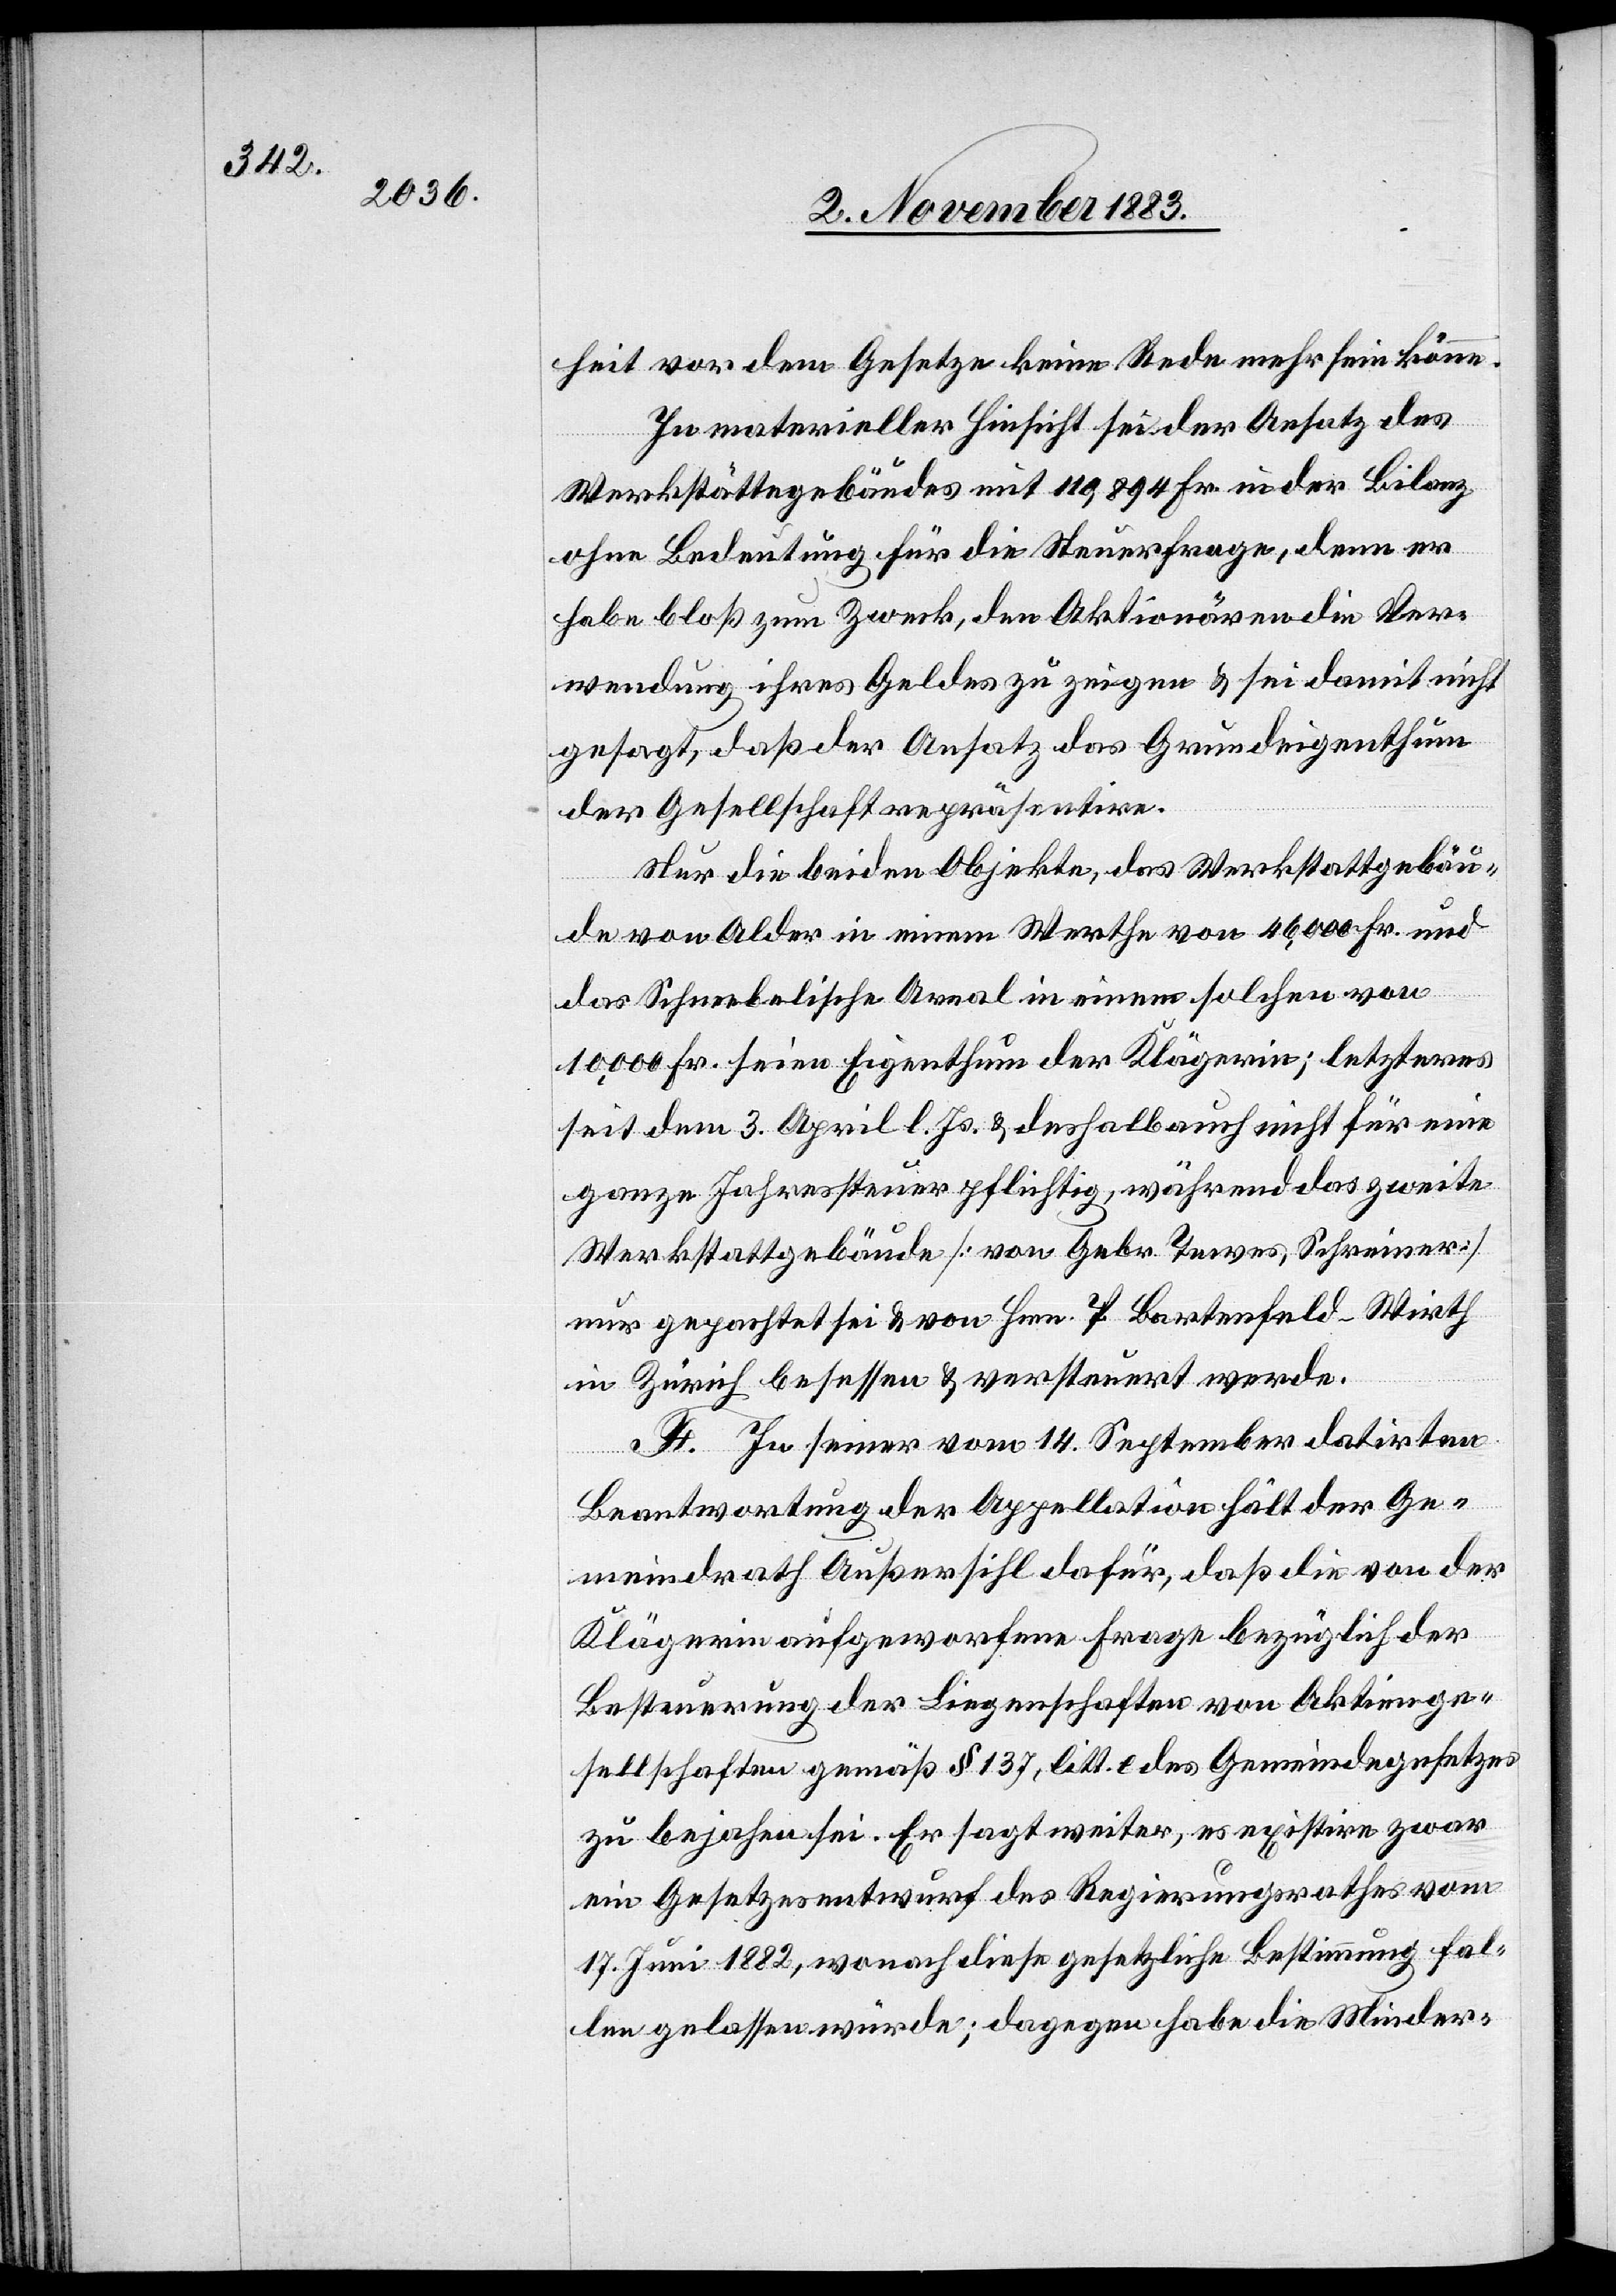
heit vor dem Gesetze keine Rede mehr sein könne.
In materieller Hinsicht sei der Ansatz des
Werkstattgebäudes mit 110,894 Fr. in der Bilanz
ohne Bedeutung für die Steuerfrage, denn er
habe bloß zum Zweck, den Aktionären die Ver¬
wendung ihres Geldes zu zeigen & sei damit nicht
gesagt, daß der Ansatz das Grundeigenthum
der Gesellschaft repräsentire.
Nur die beiden Objekte, das Werkstattgebäu¬
de von Alder in einem Werthe von 46,000 Fr. und
das Schneebelische Areal in einem solchen von
10,000 Fr. seien Eigenthum der Klägerin; letzteres
seit dem 3. April l. Js. & deshalb auch nicht für eine
ganze Jahressteuer pflichtig, während das zweite
Werkstattgebäude [von Geb. Tewes, Schreiner]
nur gepachtet sei & von Hrn. T. Bartenfeld-Wirth
in Zürch besessen & versteuert werde.
F. In seiner vom 14. September datirten
Beantwortung der Appellation hält der Ge¬
meindrath Außersihl dafür, daß die von der
Klägerin aufgeworfene Frage bezüglich der
Besteuerung der Liegenschaften von Aktienge¬
sellschaften gemäß § 137, litt. e des Gemeindegesetzes
zu bejahen sei. Er sagt weiter, es existire zwar
ein Gesetzesentwurf des Regierungsrathes vom
17. Juni 1882, wonach diese gesetzliche Bestimmung fal¬
len gelassen würde; dagegen habe die Minder-